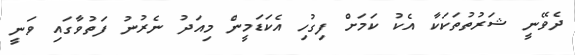
ދެވޭނީ ޝަރުތުތަކަކާ އެކު ކަމަށް ފިގުހި އެކަޑަމީން މިއަދު ނެރުނު ފަތުވާގައި ވަނީ